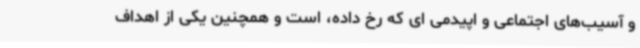
و آسیب‌های اجتماعی و اپیدمی ای که رخ داده، است ‌و همچنین یکی از اهداف